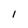
Character: 1